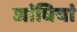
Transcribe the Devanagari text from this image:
जांघियां